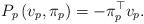
LaTeX: \begin{align*}P_{p}\left(v_{p},\pi_{p}\right)=-\pi_{p}^{\top}v_{p}.\end{align*}